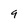
Character: 9